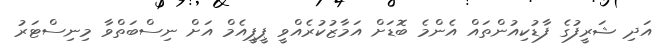
އަދި ޝަރީފުގެ ފާޑުކިއުންތައް އެންމެ ބޮޑަށް އަމާޒުކުރެއްވީ ޕީޕީއެމް އަށް ނިސްބަތްވާ މިނިސްޓަރު